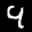
Label: 9